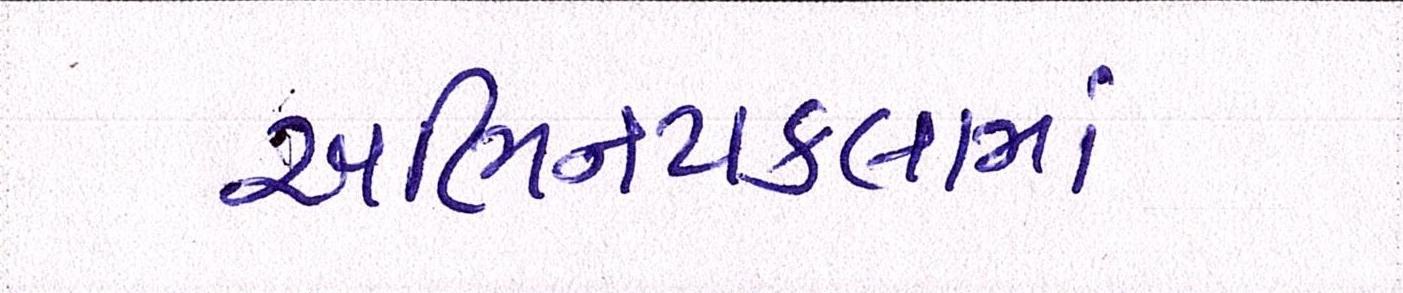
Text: અભિનયકલામાં